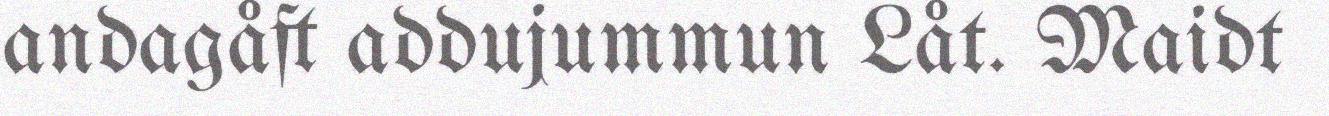
andagåft addujummun Låt. Maidt